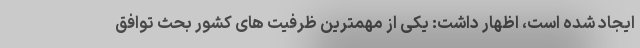
ایجاد شده است، اظهار داشت: یکی از مهمترین ظرفیت های کشور بحث توافق